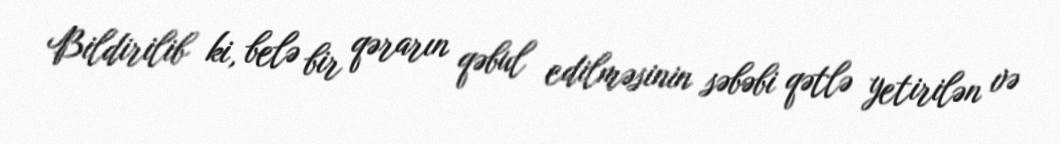
Bildirilib ki, belə bir qərarın qəbul edilməsinin səbəbi qətlə yetirilən və